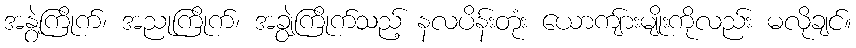
အနွဲ့ကြိုက်၊ အညုကြိုက်၊ အချွဲကြိုက်သည့် နလပိန်းတုံး ယောကျ်ားမျိုးကိုလည်း မလိုချင်။